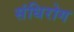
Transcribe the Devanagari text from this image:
संधिरोग